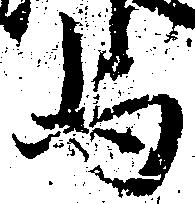
与